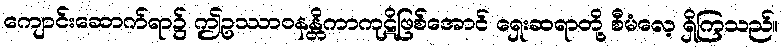
ကျောင်းဆောက်ရာ၌ ဤဥဿာဝနန္တိကာကုဋိဖြစ်အောင် ရှေးဆရာတို့ စီမံလေ့ ရှိကြသည်။